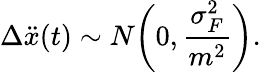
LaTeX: \Delta\ddot{x}(t)\sim N\bigg(0,\frac{\sigma_{F}^{2}}{m^{2}}\bigg).